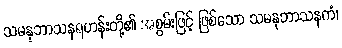
သမနုဘာသနရဟန်းတို့၏ အစွမ်းဖြင့် ဖြစ်သော သမနုဘာသနကံ၊